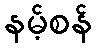
နမ့်စန်